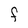
Character: F